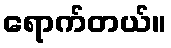
ရောက်တယ်။